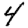
Digit: 4